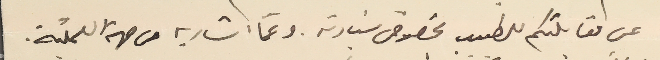
عن مقابلتكم للطبيب بخصوص سَيادته. وعمّا اشار به من جهة العملية.